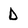
Character: D